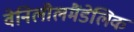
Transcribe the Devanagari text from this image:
वेनिलीलमैंडेलिक